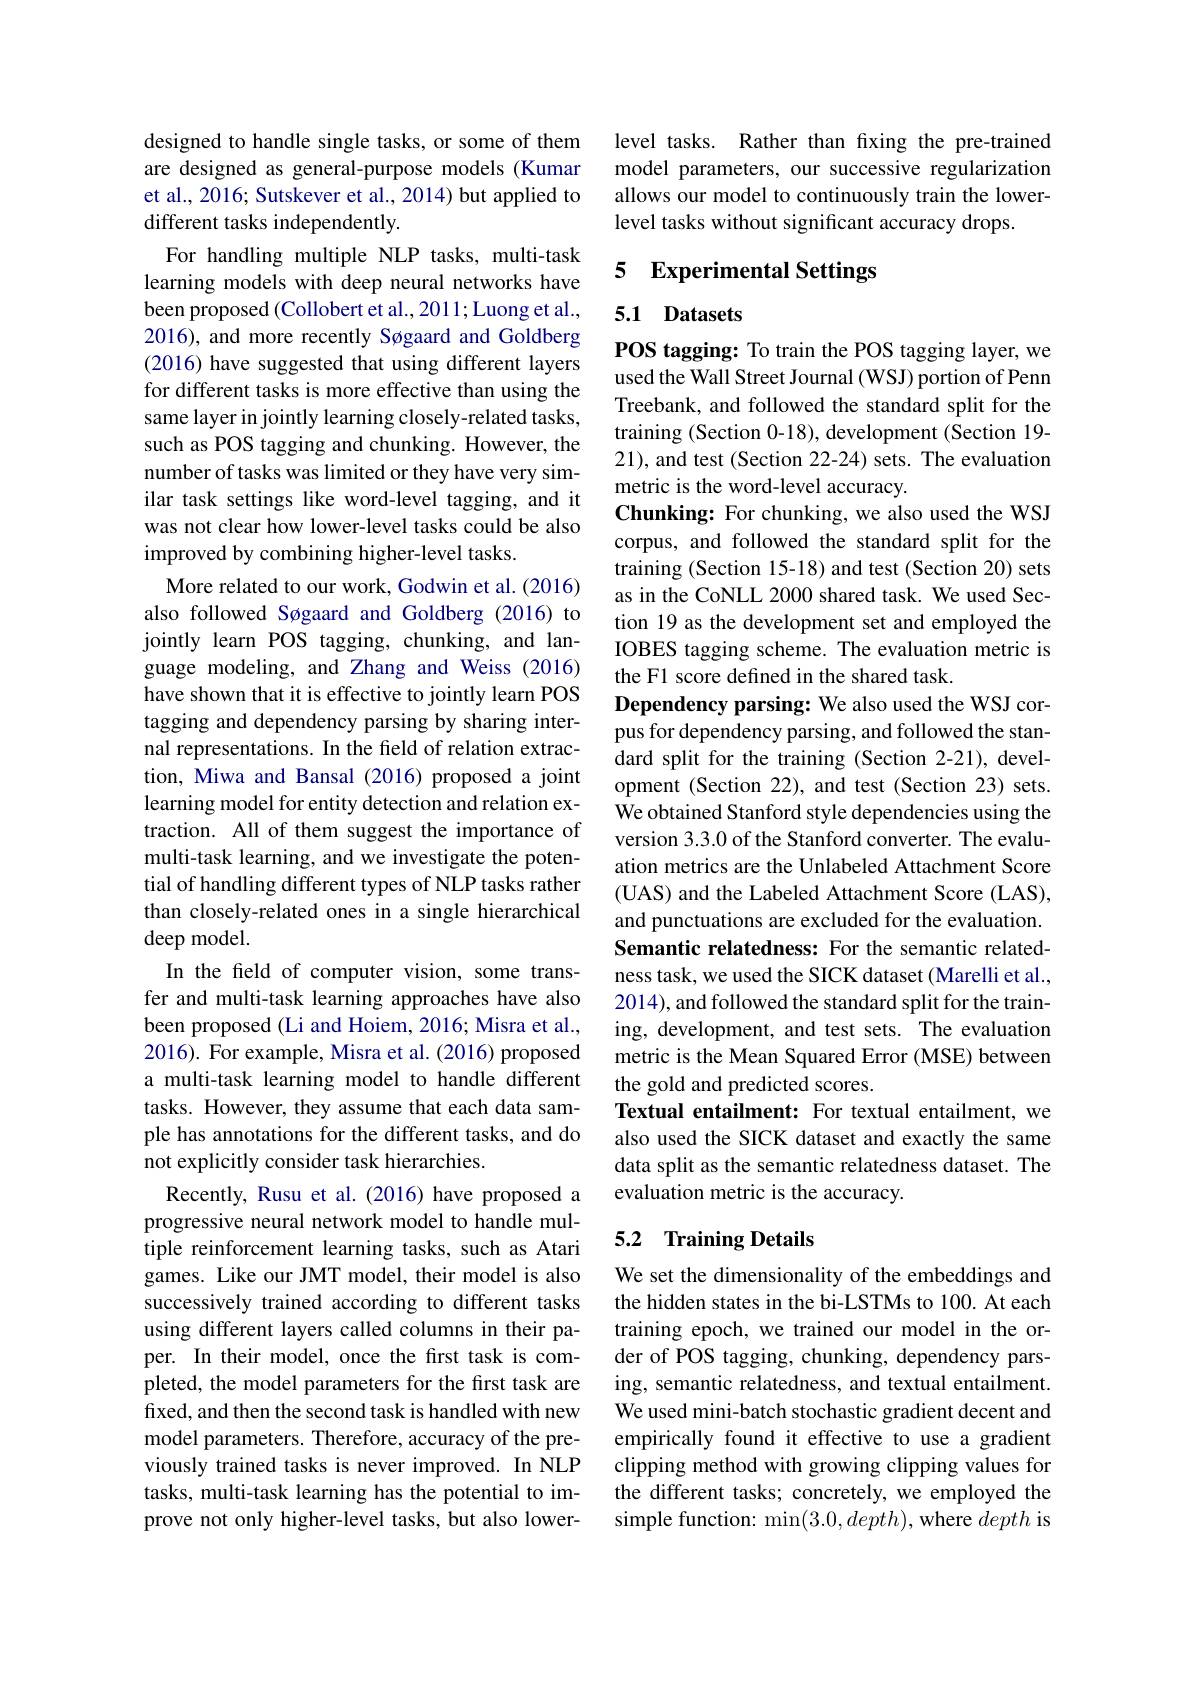
designed to handle single tasks, or some of them are designed as general-purpose models (Kumar et al., 2016; Sutskever et al., 2014) but applied to different tasks independently.
For handling multiple NLP tasks, multi-task learning models with deep neural networks have been proposed (Collobert et al., 2011; Luong et al., 2016), and more recently Søgaard and Goldberg (2016) have suggested that using different layers for different tasks is more effective than using the same layer in jointly learning closely-related tasks, such as POS tagging and chunking. However, the number of tasks was limited or they have very similar task settings like word-level tagging, and it was not clear how lower-level tasks could be also improved by combining higher-level tasks.
More related to our work, Godwin et al. (2016) also followed Søgaard and Goldberg (2016) to jointly learn POS tagging, chunking, and language modeling, and Zhang and Weiss (2016) have shown that it is effective to jointly learn POS tagging and dependency parsing by sharing internal representations. In the field of relation extraction, Miwa and Bansal (2016) proposed a joint learning model for entity detection and relation extraction. All of them suggest the importance of multi-task learning, and we investigate the potential of handling different types of NLP tasks rather than closely-related ones in a single hierarchical deep model.
In the field of computer vision, some transfer and multi-task learning approaches have also been proposed (Li and Hoiem, 2016; Misra et al., 2016). For example, Misra et al. (2016) proposed a multi-task learning model to handle different tasks. However, they assume that each data sample has annotations for the different tasks, and do not explicitly consider task hierarchies.
Recently, Rusu et al.(2016) have proposed a progressive neural network model to handle multiple reinforcement learning tasks, such as Atari games. Like our JMT model, their model is also successively trained according to different tasks using different layers called columns in their paper. In their model, once the first task is completed, the model parameters for the first task are fixed, and then the second task is handled with new model parameters. Therefore, accuracy of the previously trained tasks is never improved. In NLP tasks, multi-task learning has the potential to improve not only higher-level tasks, but also lower-

level tasks. Rather than fxing the pre-trained model parameters, our successive regularization allows our model to continuously train the lowerlevel tasks without significant accuracy drops.

# 5 Experimental Settings

### 5.1 Datasets

POS tagging: To train the POS tagging layer, we used the Wall Street Journal (WSJ) portion of Penn Treebank, and followed the standard split for the training (Section 0-18), development (Section 19- 21), and test (Section 22-24) sets. The evaluation metric is the word-level accuracy.
Chunking: For chunking, we also used the WSJ corpus, and followed the standard split for the training (Section 15-18) and test (Section 20) sets as in the CoNLL 2000 shared task. We used Section 19 as the development set and employed the IOBES tagging scheme. The evaluation metric is the F1 score defined in the shared task.
Dependency parsing: We also used the WSJ corpus for dependency parsing, and followed the standard split for the training (Section 2-21), development (Section 22), and test (Section 23) sets. We obtained Stanford style dependencies using the version 3.3.0 of the Stanford converter. The evaluation metrics are the Unlabeled Attachment Score (UAS) and the Labeled Attachment Score (LAS), and punctuations are excluded for the evaluation. Semantic relatedness: For the semantic relatedness task, we used the SICK dataset (Marelli et al., 2014), and followed the standard split for the training, development, and test sets. The evaluation metric is the Mean Squared Error (MSE) between the gold and predicted scores.
Textual entailment: For textual entailment, we also used the SICK dataset and exactly the same data split as the semantic relatedness dataset. The evaluation metric is the accuracy.
5.2 Training Details

We set the dimensionality of the embeddings and the hidden states in the bi-LSTMs to 100. At each training epoch, we trained our model in the order of POS tagging, chunking, dependency parsing, semantic relatedness, and textual entailment. We used mini-batch stochastic gradient decent and empirically found it effective to use a gradient clipping method with growing clipping values for the different tasks; concretely, we employed the simple function: $\min(3.0,depth)$, where depth is